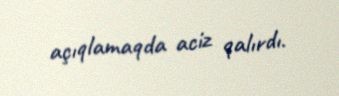
açıqlamaqda aciz qalırdı.